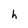
Character: h